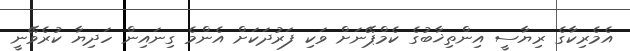
އެމެރިކާގެ ރިޔާސީ އިންތިޚާބުގެ ކެމްޕޭނަށް ވަކި ފަރުދަކަށް އެންމެ ގިނައިން ހަދިޔާ ކުރެވޭނީ